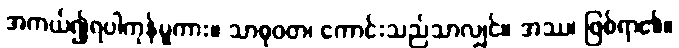
အကယ်၍ရပါကုန်မူကား။ သာဓုဝတ၊ ကောင်းသည်သာလျှင်။ အဿ၊ ဖြစ်ရာ၏။